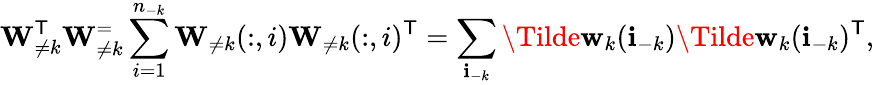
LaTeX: \mathbf{W}_{\neq k}^{\mathsf{T}}\mathbf{W}_{\neq k}^=\sum_{i=1}^{n_{-k}}\mathbf{W}_{\neq k}(:,i)\mathbf{W}_{\neq k}(:,i)^{\mathsf{T}}=\sum_{\mathbf{i}_{-k}}\Tilde{\mathbf{w}}_{k}(\mathbf{i}_{-k})\Tilde{\mathbf{w}}_{k}(\mathbf{i}_{-k})^{\mathsf{T}},